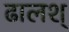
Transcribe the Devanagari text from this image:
ढालश्